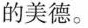
的美德。